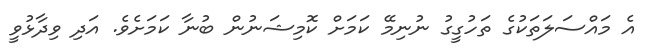
އެ މައްސަލަތަކުގެ ތަހުގީގު ނުނިމޭ ކަމަށް ކޮމިޝަނުން ބުނާ ކަމަށެވެ. އަދި ވިދާޅުވީ